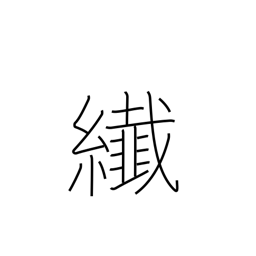
Meaning: minute